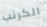
الكرنب